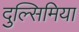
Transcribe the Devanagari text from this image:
दुल्सिमिया